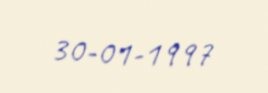
30-01-1997